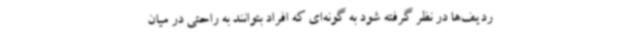
ردیف‌ها در نظر گرفته شود به گونه‌ای که افراد بتوانند به راحتی در میان